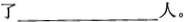
了___人。